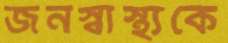
জনস্বাস্থ্যকে